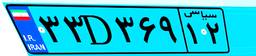
۵۷D۴۰۰۷۲